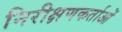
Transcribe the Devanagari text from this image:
निरीक्षणकर्ताओं